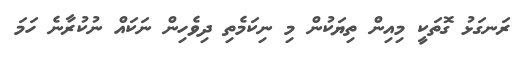
ރަނގަޅު ގޮތަކީ މިއިން ތިޔަކުން މި ނިކަމެތި ދިވެހިން ނަކައް ނުކުރާނެ ހަމަ